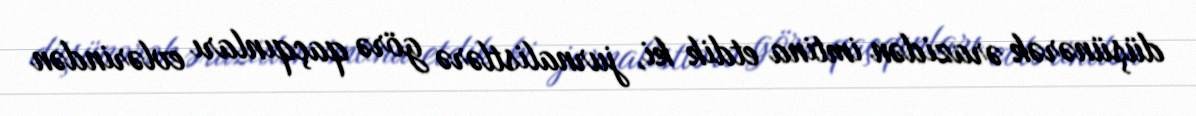
düşünərək ərazidən imtina etdik ki, jurnalistlərə görə qaçqınları evlərindən